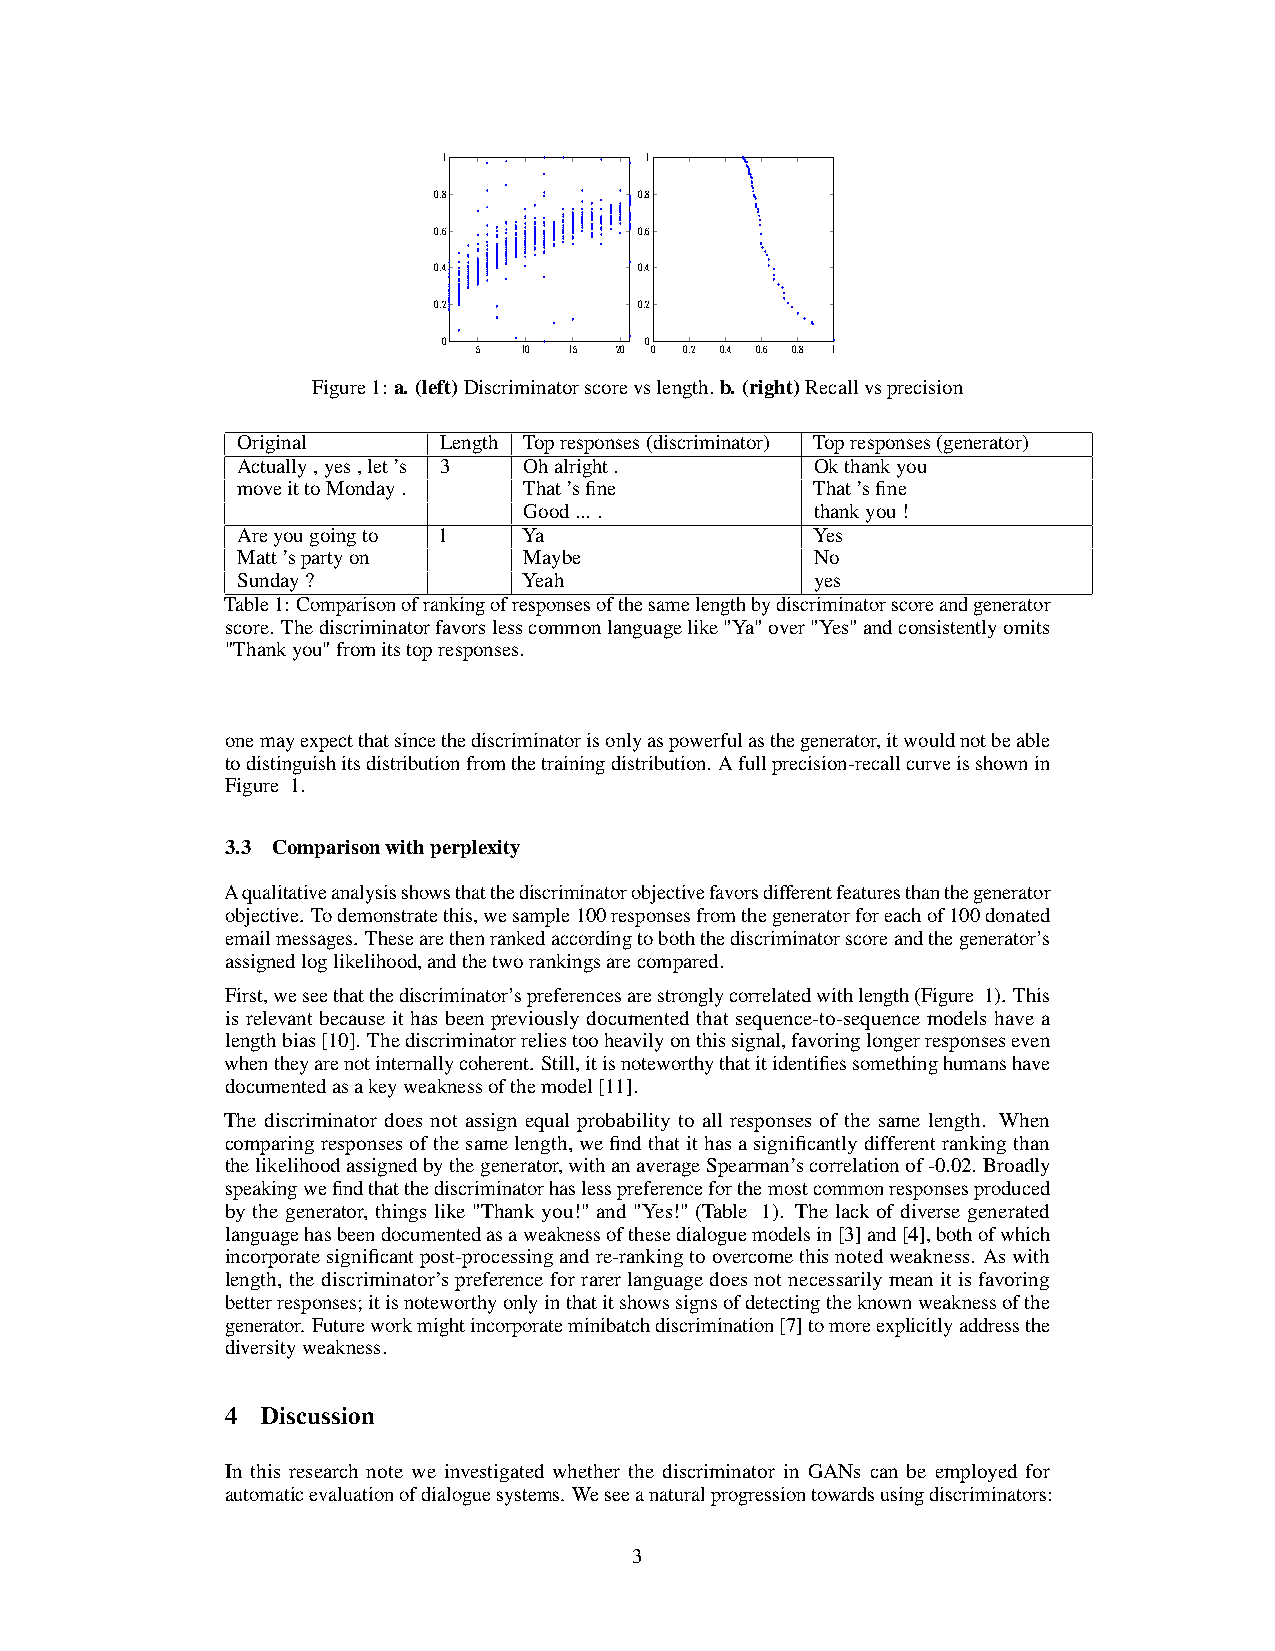
1             1
 0.8          0.8
 0.6          0.6
 0.4          0.4
 0.2          0.2
 0             0
 5  10  15 20 0 0.2 0.4 0.6 0.8 1
 Figure1: a. (left)Discriminatorscorevslength. b. (right)Recallvsprecision
 Original     Length Topresponses(discriminator) Topresponses(generator)
 Actually,yes,let’s 3 Ohalright.       Okthankyou
 moveittoMonday.    That’sfine         That’sfine
 Good... .          thankyou!
 Areyougoingto 1    Ya                 Yes
 Matt’spartyon      Maybe              No
 Sunday?            Yeah               yes
 Table1: Comparisonofrankingofresponsesofthesamelengthbydiscriminatorscoreandgenerator
 score. Thediscriminatorfavorslesscommonlanguagelike"Ya"over"Yes"andconsistentlyomits
 "Thankyou"fromitstopresponses.
 onemayexpectthatsincethediscriminatorisonlyaspowerfulasthegenerator,itwouldnotbeable
 todistinguishitsdistributionfromthetrainingdistribution. Afullprecision-recallcurveisshownin
 Figure 1.
 3.3 Comparisonwithperplexity
 Aqualitativeanalysisshowsthatthediscriminatorobjectivefavorsdifferentfeaturesthanthegenerator
 objective. Todemonstratethis,wesample100responsesfromthegeneratorforeachof100donated
 emailmessages. Thesearethenrankedaccordingtoboththediscriminatorscoreandthegenerator’s
 assignedloglikelihood,andthetworankingsarecompared.
 First,weseethatthediscriminator’spreferencesarestronglycorrelatedwithlength(Figure 1). This
 is relevant because it has been previously documented that sequence-to-sequence models have a
 lengthbias[10]. Thediscriminatorreliestooheavilyonthissignal,favoringlongerresponseseven
 whentheyarenotinternallycoherent. Still,itisnoteworthythatitidentifiessomethinghumanshave
 documentedasakeyweaknessofthemodel[11].
 The discriminator does not assign equal probability to all responses of the same length. When
 comparingresponsesofthesamelength,wefindthatithasasignificantlydifferentrankingthan
 thelikelihoodassignedbythegenerator,withanaverageSpearman’scorrelationof-0.02. Broadly
 speakingwefindthatthediscriminatorhaslesspreferenceforthemostcommonresponsesproduced
 by the generator, things like "Thank you!" and "Yes!" (Table 1). The lack of diverse generated
 languagehasbeendocumentedasaweaknessofthesedialoguemodelsin[3]and[4],bothofwhich
 incorporatesignificantpost-processingandre-rankingtoovercomethisnotedweakness. Aswith
 length, thediscriminator’spreferenceforrarerlanguagedoesnotnecessarilymeanitisfavoring
 betterresponses;itisnoteworthyonlyinthatitshowssignsofdetectingtheknownweaknessofthe
 generator. Futureworkmightincorporateminibatchdiscrimination[7]tomoreexplicitlyaddressthe
 diversityweakness.
 4 Discussion
 In this research note we investigated whether the discriminator in GANs can be employed for
 automaticevaluationofdialoguesystems. Weseeanaturalprogressiontowardsusingdiscriminators:
 3